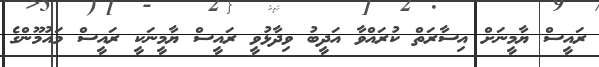
ރައީސް ޔާމީނަށް އިސާރަތް ކުރައްވާ އަދީބު ވިދާޅުވީ ރައީސް ޔާމީނަކީ ރައީސް މައުމޫންގެ